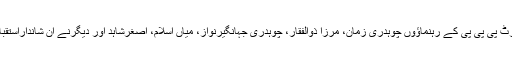
ائرپورٹ پی پی پی کے رہنماؤوں چوہدری زمان، مرزا ذوالفقار، چوہدری جہانگیرنواز، میاں اسلام، اصغرشاہد اور دیگرنے ان شانداراستقبال کیا۔